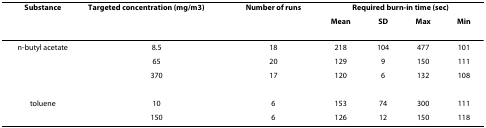
| Substance | Targeted concentration (mg/m3) | Number of runs | <COLSPAN=4> Required burn-in time (sec) |
 |  |  |  | Mean | SD | Max | Min |
 | --- | --- | --- | --- | --- | --- | --- |
 | n-butyl acetate | 8.5 | 18 | 218 | 104 | 477 | 101 |
 |  | 65 | 20 | 129 | 9 | 150 | 111 |
 |  | 370 | 17 | 120 | 6 | 132 | 108 |
 | toluene | 10 | 6 | 153 | 74 | 300 | 111 |
 |  | 150 | 6 | 126 | 12 | 150 | 118 |